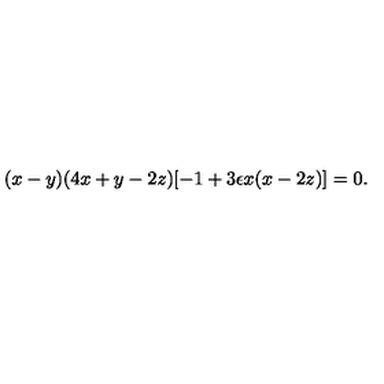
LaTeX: ( x - y ) ( 4 x + y - 2 z ) [ - 1 + 3 \epsilon x ( x - 2 z ) ] = 0 .